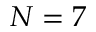
N = 7